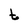
Character: t